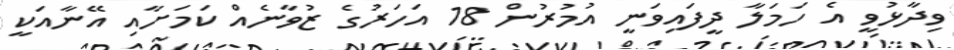
ވިދާޅުވީ އެ ހަމަލާ ދީފައިވަނީ އުމުރުން 18 އަހަރުގެ ޒުވާނެއް ކަމަށާއި އޭނާއަކީ